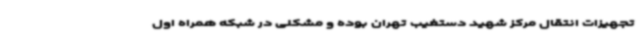
تجهیزات انتقال مرکز شهید دستغیب تهران بوده و مشکلی در شبکه همراه اول